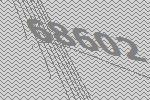
68602